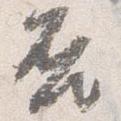
否